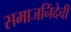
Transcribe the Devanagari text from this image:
समाजनिंदेची